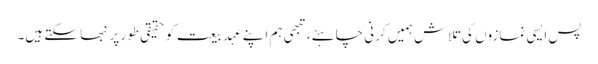
پس ایسی نمازوں کی تلاش ہمیں کرنی چاہئے، تبھی ہم اپنے عہدِ بیعت کو حقیقی طور پر نبھا سکتے ہیں۔